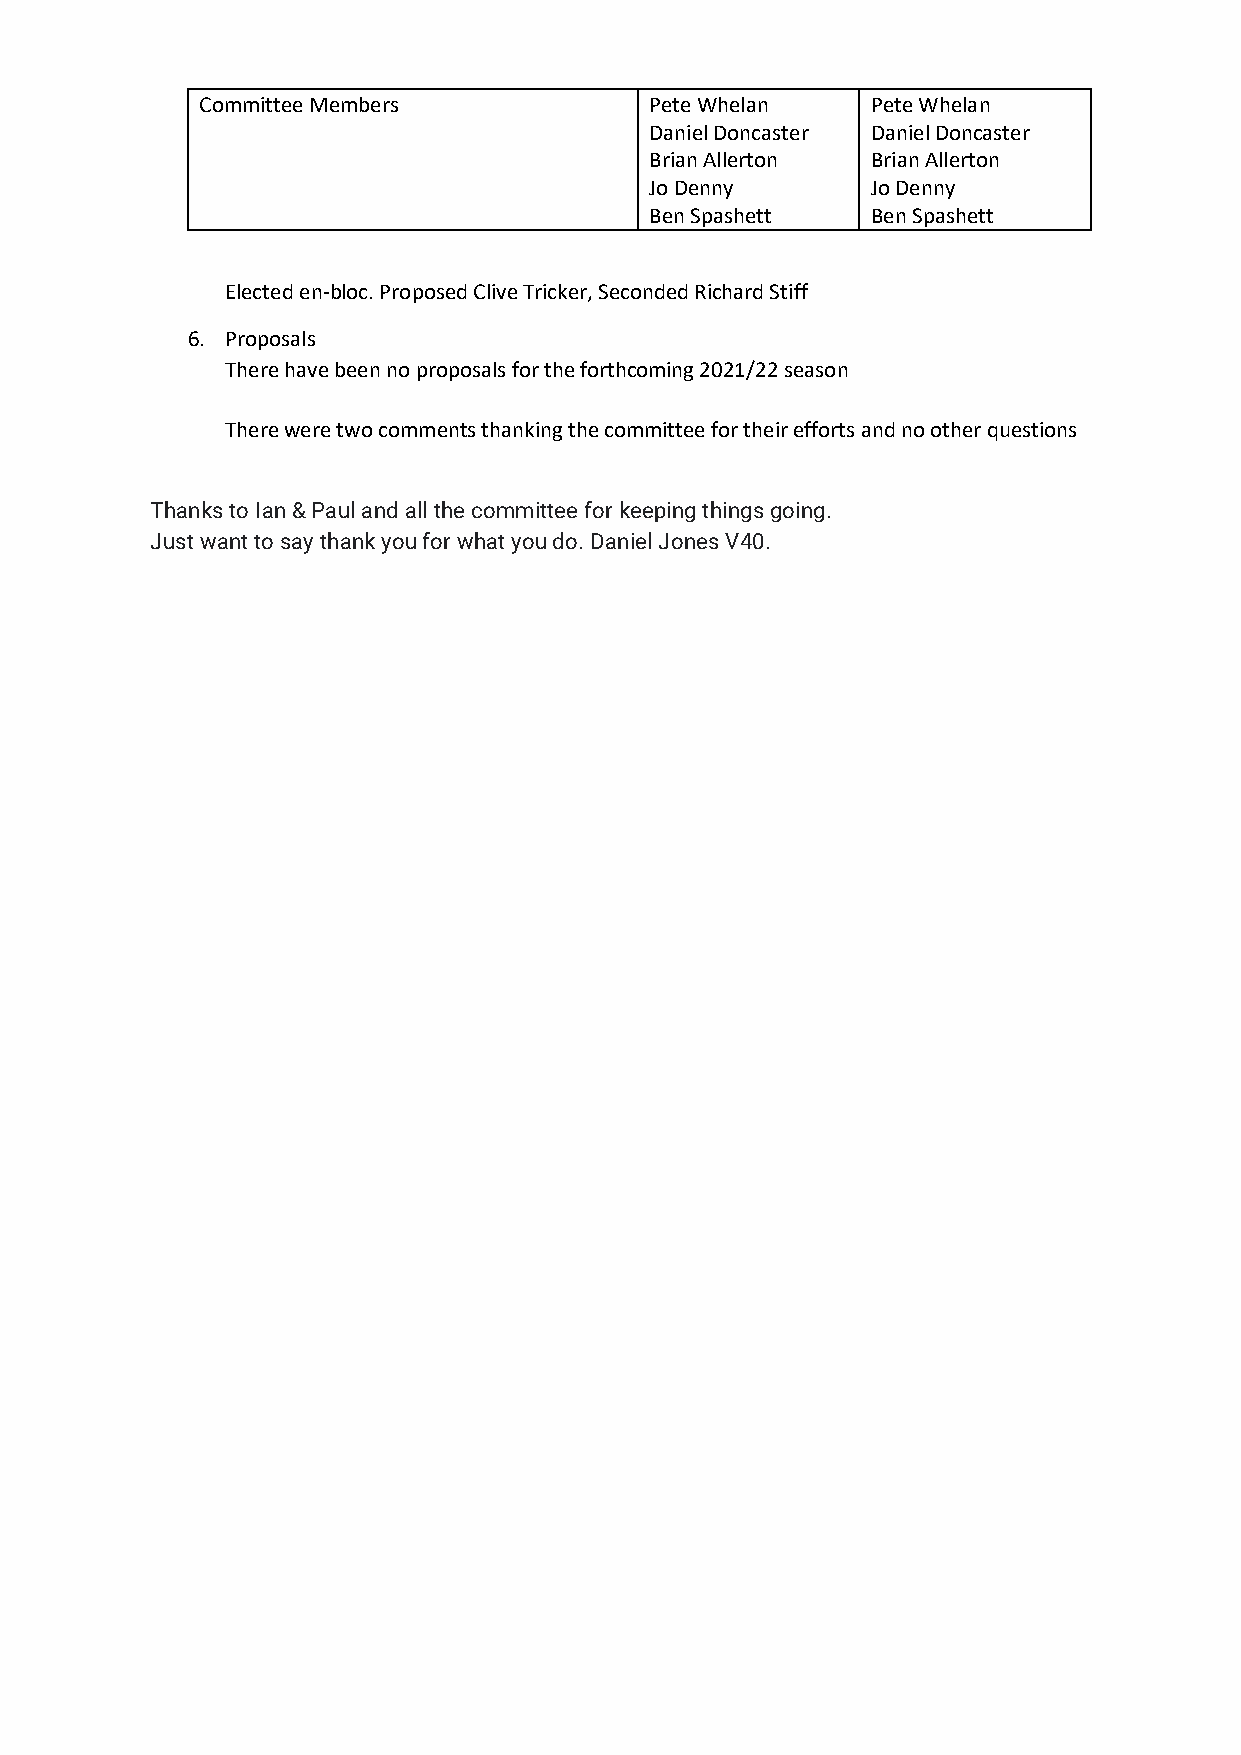
Committee Members             Pete Whelan    Pete Whelan
 Daniel Doncaster Daniel Doncaster
 Brian Allerton Brian Allerton
 Jo Denny       Jo Denny
 Ben Spashett   Ben Spashett
 Elected en-bloc. Proposed Clive Tricker, Seconded Richard Stiff
 6. Proposals
 There have been no proposals for the forthcoming 2021/22 season
 There were two comments thanking the committee for their efforts and no other questions
 Thanks to Ian & Paul and all the committee for keeping things going.
 Just want to say thank you for what you do. Daniel Jones V40.